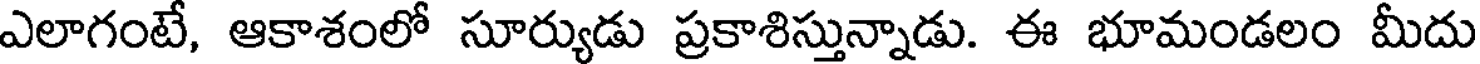
ఎలాగంటే, ఆకాశంలో సూర్యుడు ప్రకాశిస్తున్నాడు. ఈ భూమండలం మీదు